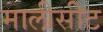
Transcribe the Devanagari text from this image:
मालीसीट